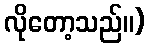
လိုတော့သည်။)